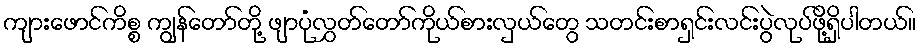
ကျားဖောင်ကိစ္စ ကျွန်တော်တို့ ဖျာပုံလွှတ်တော်ကိုယ်စားလှယ်တွေ သတင်းစာရှင်းလင်းပွဲလုပ်ဖို့ရှိပါတယ်။